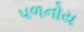
પળનોય